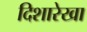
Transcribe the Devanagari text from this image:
दिशारेखा